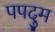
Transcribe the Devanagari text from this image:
पपदुम